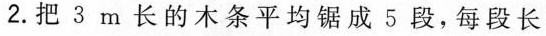
2.把 3 m 长的木条平均锯成 5 段，每段长